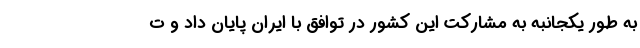
به طور یکجانبه به مشارکت این کشور در توافق با ایران پایان داد و ت